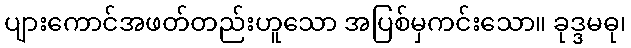
ပျားကောင်အဖတ်တည်းဟူသော အပြစ်မှကင်းသော။ ခုဒ္ဒမဓု၊